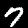
Label: 7